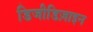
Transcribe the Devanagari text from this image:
डिजीडिज़ाइन